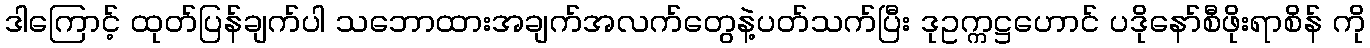
ဒါကြောင့် ထုတ်ပြန်ချက်ပါ သဘောထားအချက်အလက်တွေနဲ့ပတ်သက်ပြီး ဒုဥက္ကဋ္ဌဟောင် ပဒိုနော်စီဖိုးရာစိန် ကို